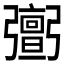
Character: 𢐹